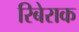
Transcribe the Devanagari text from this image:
रिबेराक